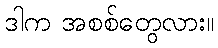
ဒါက အစစ်တွေလား။